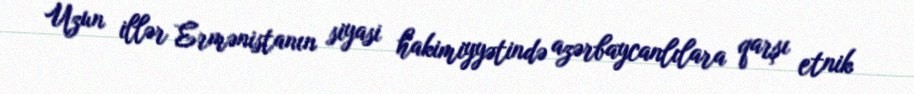
Uzun illər Ermənistanın siyasi hakimiyyətində azərbaycanlılara qarşı etnik